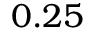
0 . 2 5